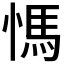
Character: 𰒀